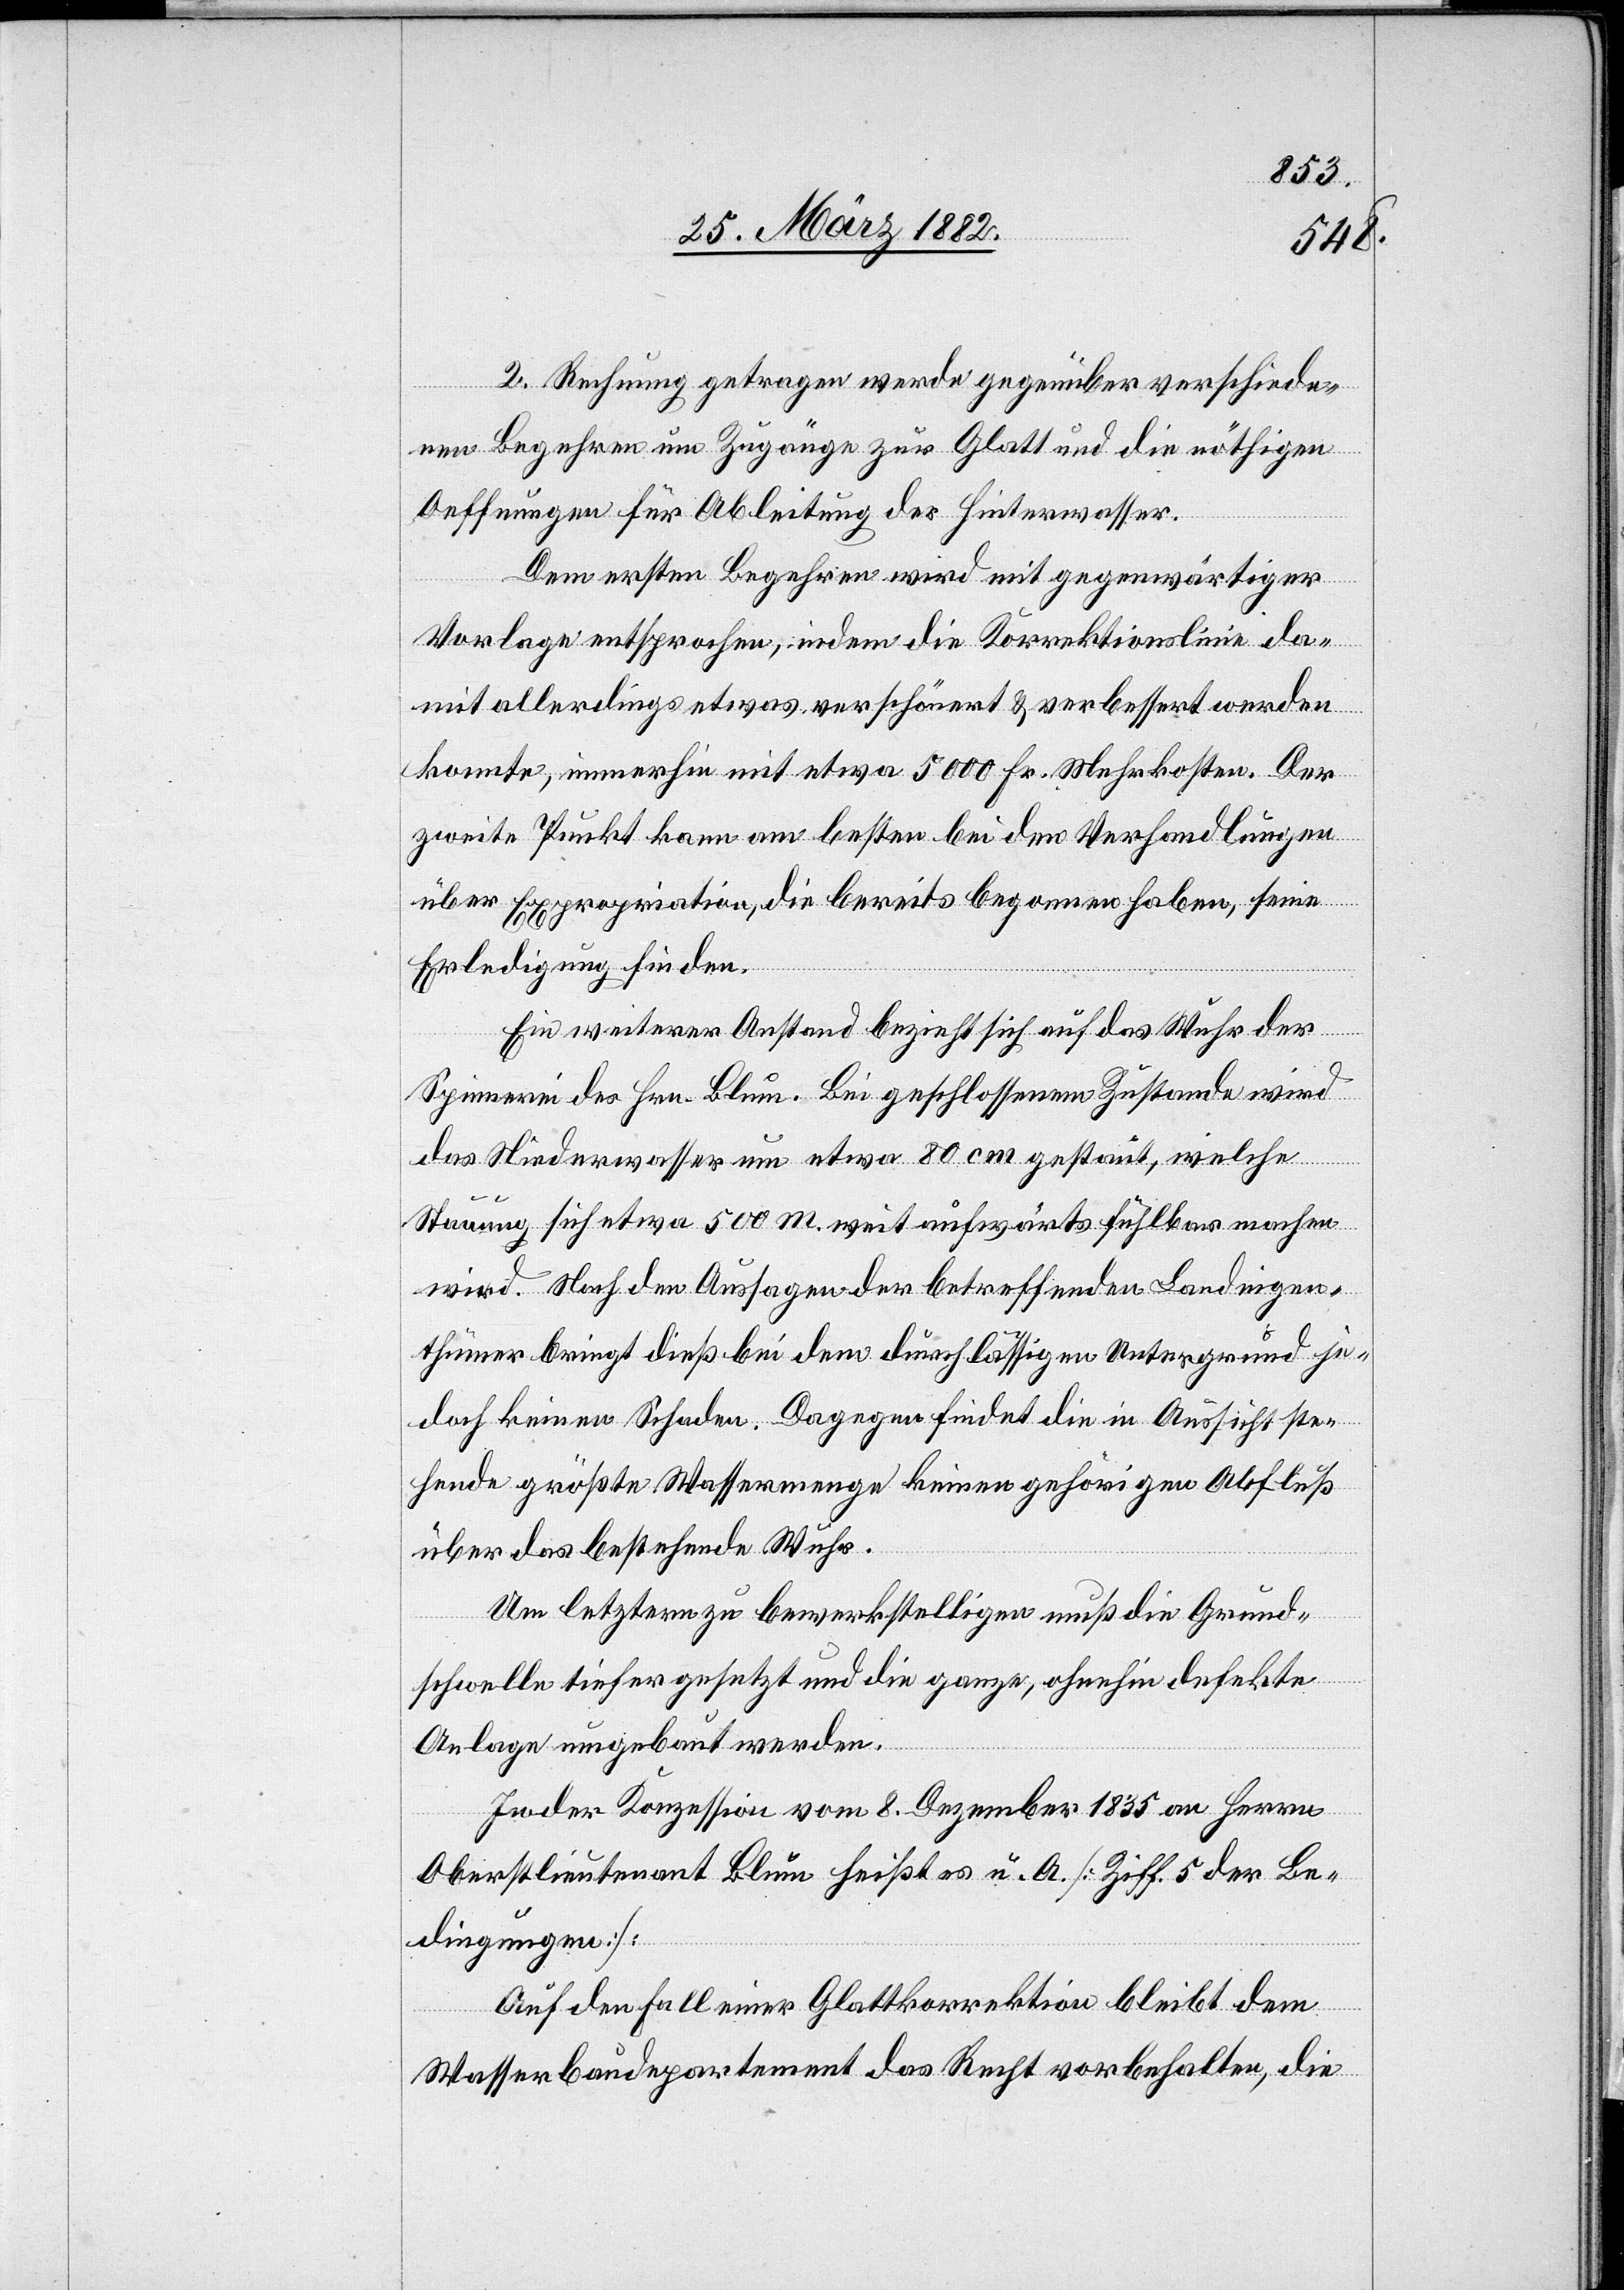
2. Rechnung getragen werde gegenüber verschiede¬
nen Begehren um Zugänge zur Glatt und die nöthigen
Oeffnungen für Ableitung der Hinterwasser.
Dem ersten Begehren wird mit gegenwärtiger
Vorlage entsprochen, indem die Korrektionslinie da¬
mit allerding etwas verschönert & verbessert werden
konnte, immerhin mit etwa 5000 Fr. Mehrkosten. Der
zweite Punkt kann am besten bei den Verhandlungen
über Expropriation, die bereits begonnen haben, seine
Erledigung finden.
Ein weiterer Anstand bezieht sich auf das Wuhr der
Spinnerei des Hrn. Blum. Bei geschlossenem Zustande wird
das Niederwasser um etwas 80 cm gestaut, welche
Stauung sich etwa 500 m weiter aufwärts fühlbar machen
wird. Nach den Aussagen der betreffenden Landeigen¬
thümer bringt dieß bei dem durchlässigen Untergrund je¬
doch keinen Schaden. Dagegen findet die in Aussicht ste¬
hende größte Wassermenge keinen gehörigen Abfluß
über das bestehende Wuhr.
Um letztere zu bewerkstelligen muß die Grund¬
schwelle tiefer gesetzt und die ganze, ohnehin defekte
Anlage umgebaut werden.
In der Konzession vom 8. Dezember 1835 an Herren
Oberlieutenant Blum heißt es u. A. [Ziff. 5 der Be¬
dingungen]:
Auf den Fall einer Glattkorrektion bleibt dem
Wasserbaudepartement das Recht vorbehalten, die